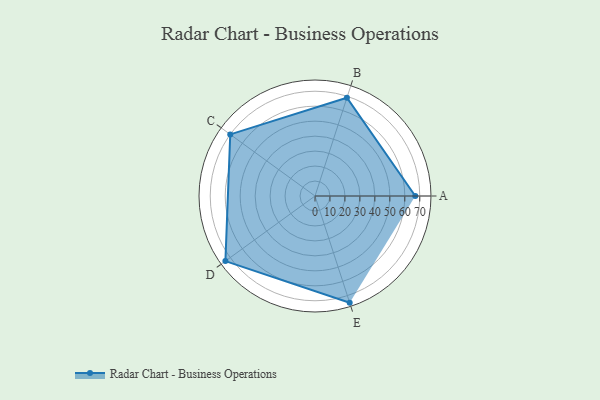
{"axis": {"x": "Skill", "y": "Score"}, "legend": ["Profile"], "data": [{"x": "A", "y": 67.0, "type": "Profile"}, {"x": "B", "y": 69.0, "type": "Profile"}, {"x": "C", "y": 70.0, "type": "Profile"}, {"x": "D", "y": 74.0, "type": "Profile"}, {"x": "E", "y": 75.0, "type": "Profile"}]}